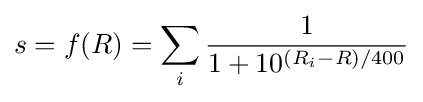
s=f(R)=\sum _{i}{\frac {1}{1+10^{(R_{i}-R)/400}}}